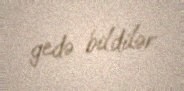
gedə bildilər.